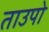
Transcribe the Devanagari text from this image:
ताउपो